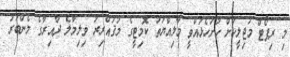
މި ރިޕޯޓް މަޖިލީހަށް ހުށަހެޅުއްވީ މާލިއްޔަތު ކޮމިޓީގެ މުޤައްރިރު ވިލިމާލެ ދާއިރާގެ މެންބަރު